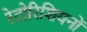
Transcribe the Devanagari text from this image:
रेटोरिशियनों